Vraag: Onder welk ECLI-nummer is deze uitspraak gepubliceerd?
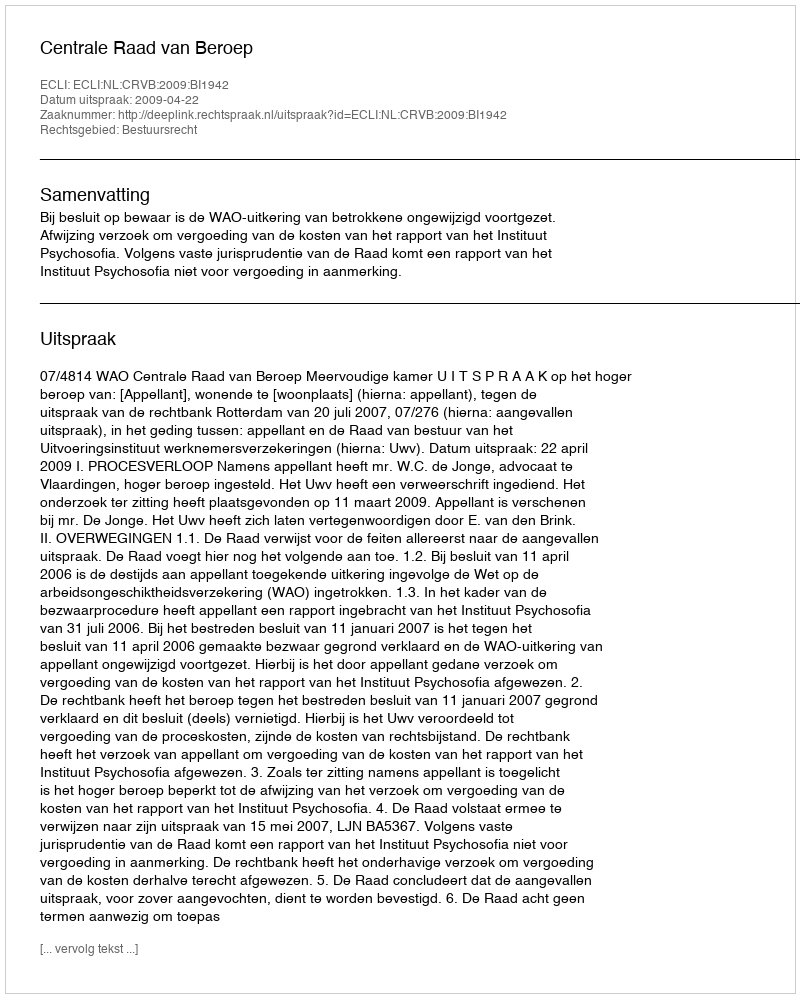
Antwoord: ECLI:NL:CRVB:2009:BI1942